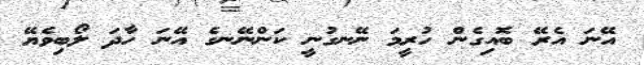
އޭނަ އެރޭ ބޮއިގެން ހުރީމަ ނޭނގުނީ ކަންނޭނގެ އޭނަ ހާދަ ލޯބިވެޔޭ